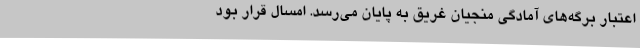
اعتبار برگه‌های آمادگی منجیان غریق به پایان می‌رسد. امسال قرار بود